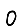
Digit: 0